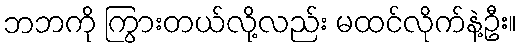
ဘဘကို ကြွားတယ်လို့လည်း မထင်လိုက်နဲ့ဦး။